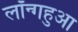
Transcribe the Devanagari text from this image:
लॉन्गहुआ